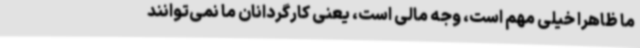
ما ظاهرا خیلی مهم است، وجه مالی‌ است، یعنی کارگردانان ما نمی‌توانند